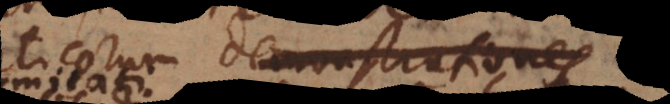
fiunt demonstrationes